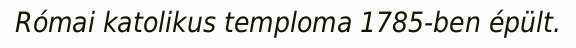
Római katolikus temploma 1785-ben épült.